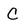
Character: C